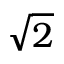
\sqrt { 2 }